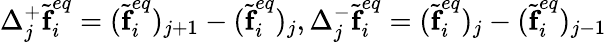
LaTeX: \Delta_{j}^{+}\widetilde{\textbf{f}}_{i}^{eq}=(\widetilde{\textbf{f}}_{i}^{eq})_{j+1}-(\widetilde{\textbf{f}}_{i}^{eq})_{j},\Delta_{j}^{-}\widetilde{\textbf{f}}_{i}^{eq}=(\widetilde{\textbf{f}}_{i}^{eq})_{j}-(\widetilde{\textbf{f}}_{i}^{eq})_{j-1}